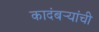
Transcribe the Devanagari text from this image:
कादंबर्‍यांंची